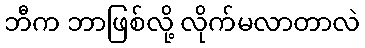
ဘီက ဘာဖြစ်လို့ လိုက်မလာတာလဲ